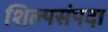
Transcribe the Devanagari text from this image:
शिल्पसंपदा